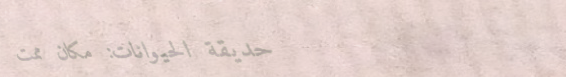
حديقة الحيوانات: مكان ممت